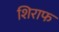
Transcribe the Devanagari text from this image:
शिराफ